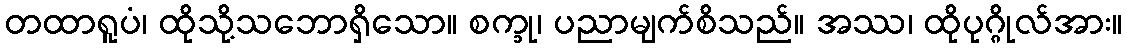
တထာရူပံ၊ ထိုသို့သဘောရှိသော။ စက္ခု၊ ပညာမျက်စိသည်။ အဿ၊ ထိုပုဂ္ဂိုလ်အား။